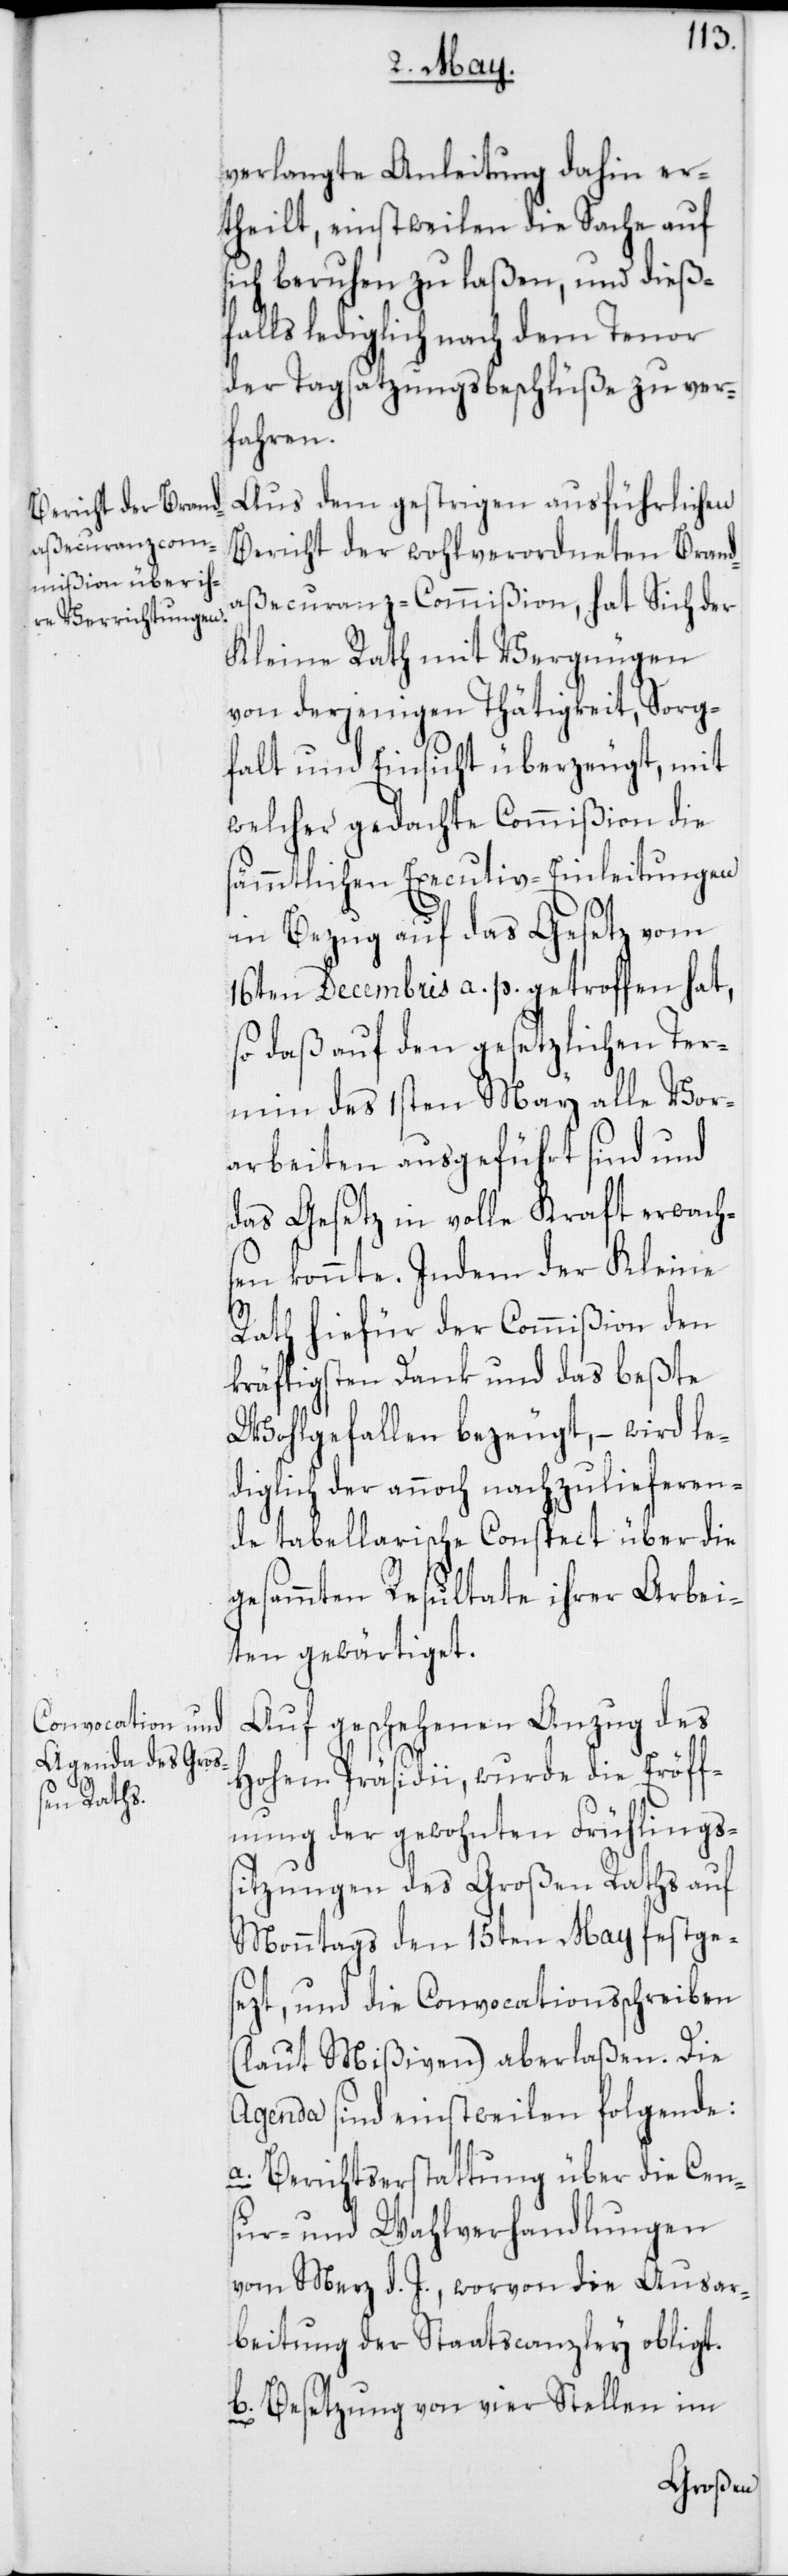
verlangte Anleitung dahin er¬
theilt, einstweilen die Sache auf
sich beruhen zu laßen, und dieß¬
falls lediglich nach dem Tenor
der Tagsatzungsbeschlüße zu ver¬
fahren.
Aus dem gestrigen ausführlichen
Bericht der wohlverordneten Brand¬
aßecuranz-Commißion, hat Sich der
Kleine Rath mit Vergnügen
von derjenigen Thätigkeit, Sorg¬
falt und Einsicht überzeugt, mit
welcher gedachte Commißion die
sämmtlichen Executiv-Einleitungen
in Bezug auf das Gesetz vom
16ten Decembris a. p. getroffen hat,
so daß auf den gesetzlichen Ter¬
min des 1sten May alle Vor¬
arbeiten ausgeführt sind und
das Gesetz in volle Kraft erwach¬
sen konnte. Indem der Kleine
Rath hiefür der Commißion den
kräftigsten Dank und das beßte
Wohlgefallen bezeugt, – wird le¬
diglich der annoch nachzuliefern¬
de tabellarische Conspect über die
gesammten Resultate ihrer Arbei¬
ten gewärtiget.
Auf geschehenen Anzug des
Hohen Präsidii, wurde die Eröff¬
nung der gewohnten Frühlings¬
sitzungen des Großen Raths auf
Monntags den 15ten May festge¬
sezt, und die Convocationsschreiben
(laut Mißiven) aberlaßen. Die
Agenda sind einstweilen folgende:
a. Berichtserstattung über die Cen¬
sur- und Wahlverhandlungen
vom Merz d. J., worvon die Ausar¬
beitung der Staatscanzley obliegt.
b. Besetzung von vier Stellen im